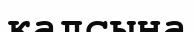
қалсына